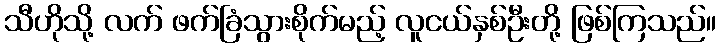
သီဟိုသို့ လက် ဖက်ခြံသွားစိုက်မည့် လူငယ်နှစ်ဦးတို့ ဖြစ်ကြသည်။